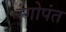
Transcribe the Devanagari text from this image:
रंगोपंत